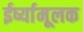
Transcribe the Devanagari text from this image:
ईर्ष्यामूलक